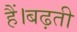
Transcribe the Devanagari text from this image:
हैं।बढ़ती